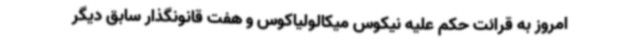
امروز به قرائت حکم علیه نیکوس میکالولیاکوس و هفت قانونگذار سابق دیگر